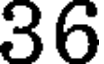
36